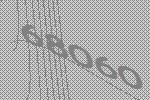
68060